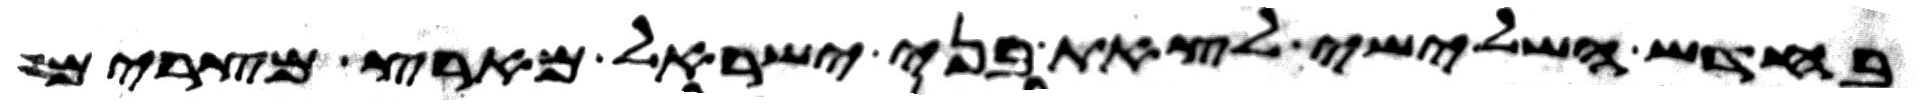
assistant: בחדש השלישי לצאת בני ישראל מארץ מצרים